Civil Veterinary Department. Madras. Admin. report 1926-33 - 1926-1933
Year: 1926
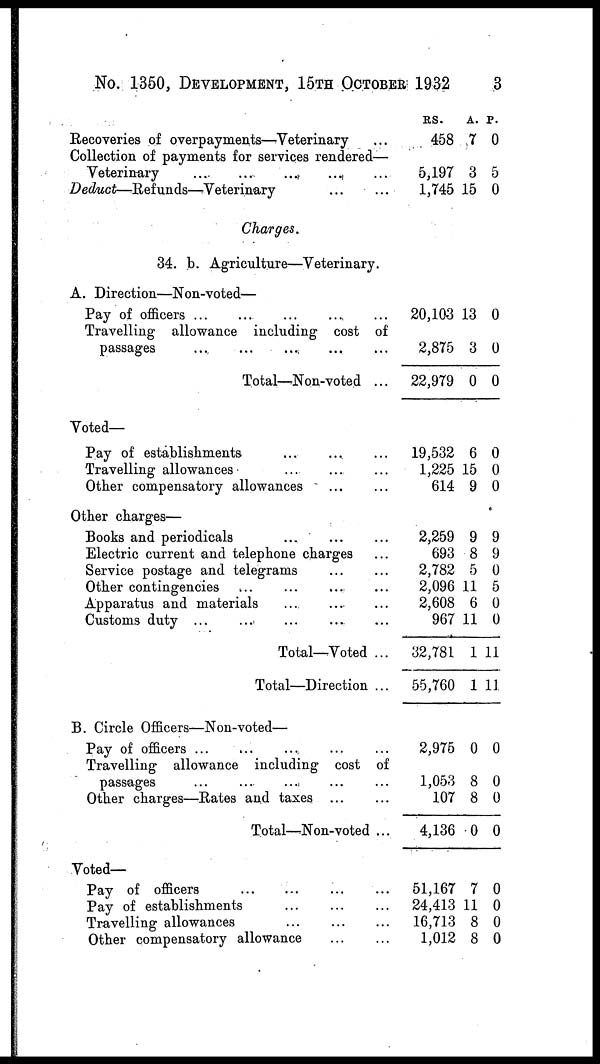
No. 1350, DEVELOPMENT, 15TH OCTOBER 1932
3
Recoveries of overpayments—Veterinary ...
Collection of payments for services rendered—
Veterinary
...
...
...
...
...
Deduct—Refunds—Veterinary ... ...
Charges.
34. b. Agriculture—Veterinary.
A. Direction—Non-voted—
Pay of officers ... ... ... ... ...
Travelling allowance including cost of
passages
...
... ... ... ...
Total—Non-voted ...
Voted—
Pay of establishments
...
...
...
Travelling allowances ... ... ...
Other compensatory allowances ... ...
Other charges—
Books and periodicals ... ... ...
Electric current and telephone charges ...
Service postage and telegrams ... ...
Other contingencies ... ... ... ...
Apparatus and materials ... ... ...
Customs duty ... ... ... ... ...
Total—Voted ...
Total—Direction ...
B. Circle Officers—Non-voted—
Pay of officers
...
...
...
...
...
Travelling allowance including cost of
passages ... ... ... ... ...
Other charges—Rates and taxes ... ...
Total—Non-voted ...
Voted—
Pay of officers ... ... ... ...
Pay of establishments ... ... ...
Travelling allowances
...
...
...
Other compensatory allowance ... ...
RS.
458
5,197
1,745
20,103
2,875
22,979
19,532
1,225
614
2,259
693
2,782
2,096
2,608
967
32,781
55,760
2,975
1,053
107
4,136
51,167
24,413
16,713
1,012
A.
7
3
15
13
3
0
6
15
9
9
8
5
11
6
11
1
1
0
8
8
0
7
11
8
8
P.
0
5
0
0
0
0
0
0
0
9
9
0
5
0
0
11
11
0
0
0
0
0
0
0
0